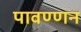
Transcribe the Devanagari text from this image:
पावण्णन